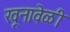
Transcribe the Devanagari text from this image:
खूनावेळी